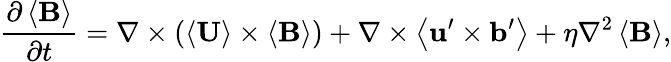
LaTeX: \frac{\partial\left\langle\mathbf{B}\right\rangle}{\partial t}=\nabla\times\left(\left\langle\mathbf{U}\right\rangle\times\left\langle\mathbf{B}\right\rangle\right)+\nabla\times\left\langle\mathbf{u}^{\prime}\times\mathbf{b}^{\prime}\right\rangle+\eta\nabla^{2}\left\langle\mathbf{B}\right\rangle,